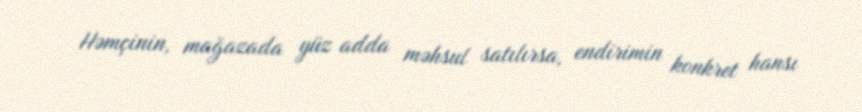
Həmçinin, mağazada yüz adda məhsul satılırsa, endirimin konkret hansı